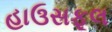
હાઉસફૂલ